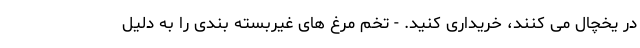
در یخچال می کنند، خریداری کنید. - تخم مرغ های غیربسته بندی را به دلیل